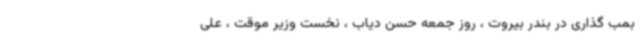
بمب گذاری در بندر بیروت ، روز جمعه حسن دیاب ، نخست وزیر موقت ، علی